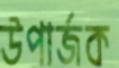
উপার্জক